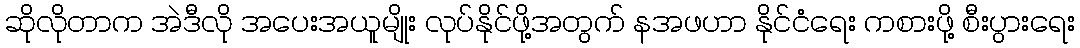
ဆိုလိုတာက အဲဒီလို အပေးအယူမျိုး လုပ်နိုင်ဖို့အတွက် နအဖဟာ နိုင်ငံရေး ကစားဖို့ စီးပွားရေး